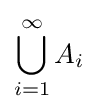
\bigcup _{i=1}^{\infty }A_{i}